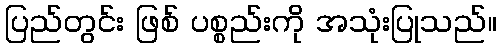
ပြည်တွင်း ဖြစ် ပစ္စည်းကို အသုံးပြုသည်။